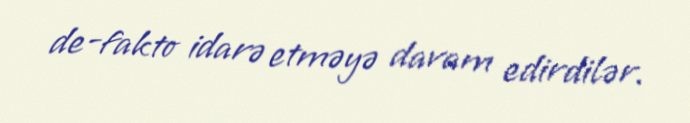
de-fakto idarə etməyə davam edirdilər.